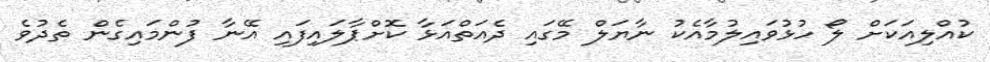
ކުއްލިއަކަށް ލޯ ހުޅުވައިލުމާއެކު ނާޔަލް މޭގައި ދެއަތްއަޅާ ކޮށްޕާލައިފައި އޭނާ ފުންމައިގެން ތެދުވެ